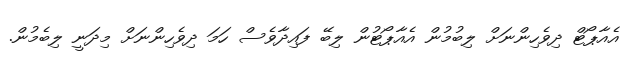
އެއާޕޯޓް ދިވެހިންނަށް ލިބުމުން އެއާޕޯޓުން ލިބޭ ފައިދާވެސް ހަމަ ދިވެހިންނަށް މިދަނީ ލިބެމުން.